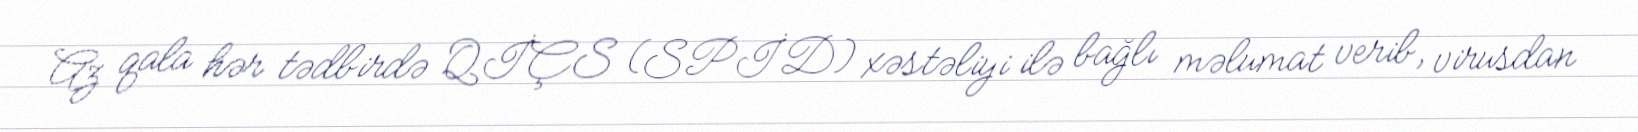
Az qala hər tədbirdə QİÇS (SPİD) xəstəliyi ilə bağlı məlumat verib, virusdan